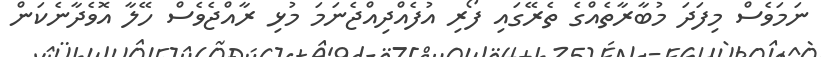
ނަމަވެސް މިފަދަ މުބާރާތެއްގެ ތެރޭގައި ފޯރި އުފެއްދިއްޖެނަމަ މުޅި ރާއްޖެވެސް ހޭލާ އޮވެދާނެކަން